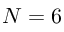
N = 6